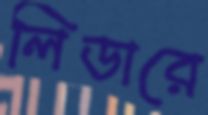
লিডারে